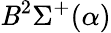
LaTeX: \mathit{B}^{2}\Sigma^{+}(\alpha)